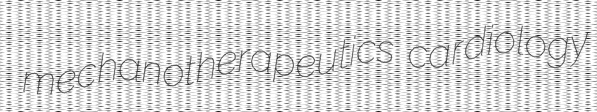
mechanotherapeutics cardiology